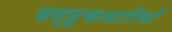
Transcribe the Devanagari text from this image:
बन्दूकधारियों